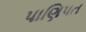
પાણિપત